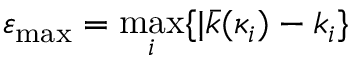
\varepsilon _ { \operatorname* { m a x } } = \operatorname* { m a x } _ { i } \{ | \bar { k } ( \kappa _ { i } ) - k _ { i } \}